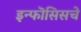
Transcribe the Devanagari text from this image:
इन्फॊसिसचे